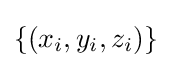
\{(x_{i},y_{i},z_{i})\}